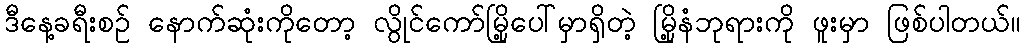
ဒီနေ့ခရီးစဉ် နောက်ဆုံးကိုတော့ လွိုင်ကော်မြို့ပေါ်မှာရှိတဲ့ မြို့နံဘုရားကို ဖူးမှာ ဖြစ်ပါတယ်။